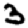
Digit: 3